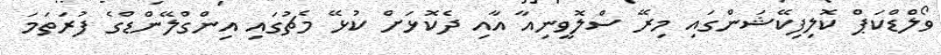
ވޯލްޑްކަޕް ކޮލިފިކޭޝަންގައި މިރޭ ސްލޮވީނިއާ އާއި ދެކޮޅަށް ކުޅޭ މެޗުގައި އިންގްލޭންޑްގެ ފުރަތަމަ